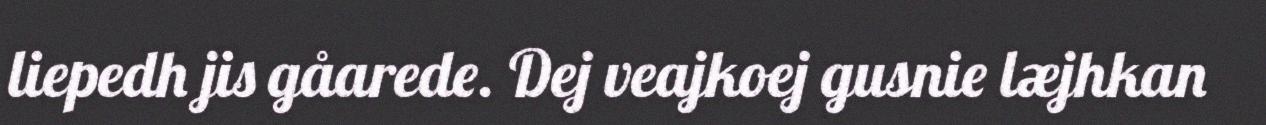
liepedh jis gåarede. Dej veajkoej gusnie læjhkan